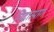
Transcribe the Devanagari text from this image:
निद्रात्याग